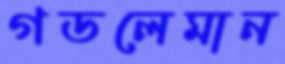
গডলেমান